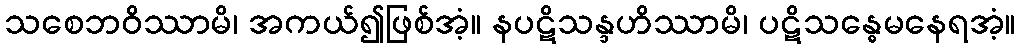
သစေဘဝိဿာမိ၊ အကယ်၍ဖြစ်အံ့။ နပဋိသန္ဒဟိဿာမိ၊ ပဋိသန္ဓေမနေရအံ့။